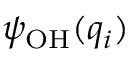
\psi _ { \mathrm { O H } } ( q _ { i } )